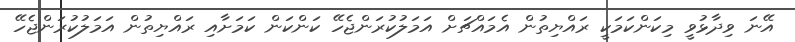
އޭނަ ވިދާޅުވީ މިކަންކަމަކީ ރައްޔިތުން އެމައްޗަށް އަމަލުކުރަންޖެހޭ ކަންކަން ކަމަށާއި ރައްޔިތުން އަމަލުކުރަންޖެހޭ